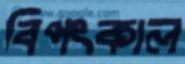
বিপৎকাল